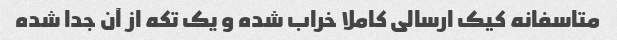
متاسفانه کیک ارسالی کاملا خراب شده و یک تکه از آن جدا شده